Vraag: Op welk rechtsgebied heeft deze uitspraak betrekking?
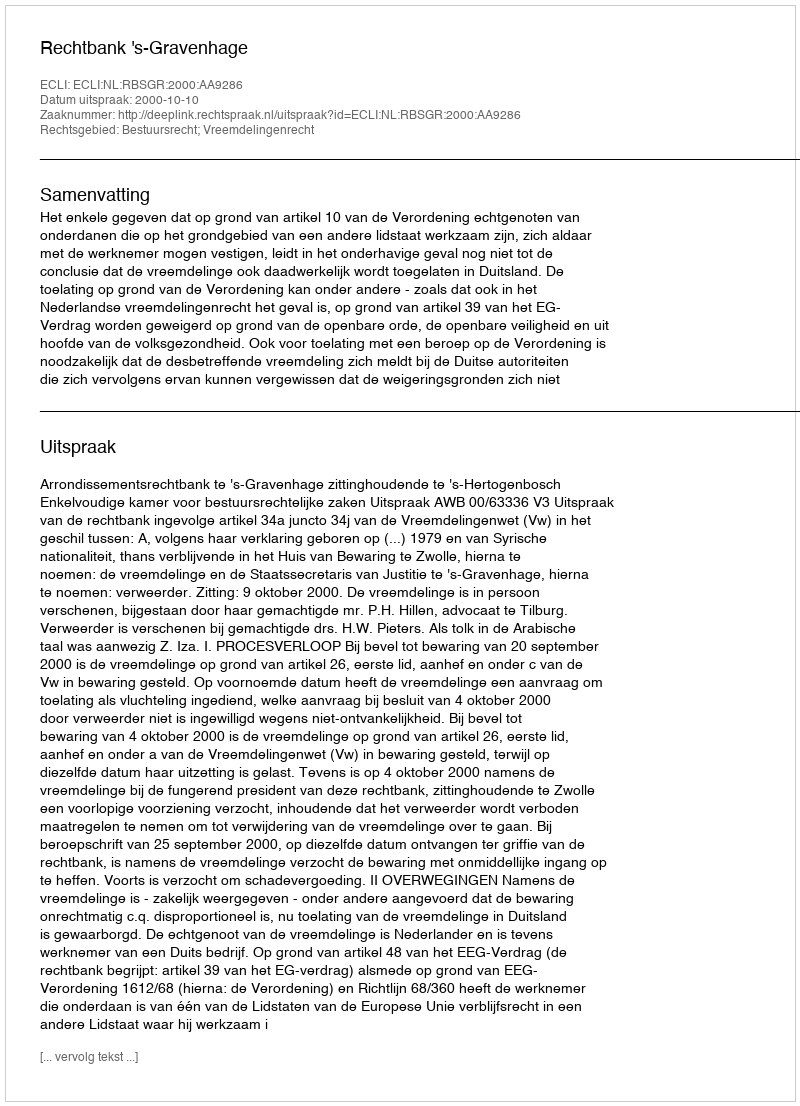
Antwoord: Bestuursrecht; Vreemdelingenrecht